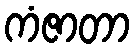
ကံဇာတာ